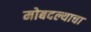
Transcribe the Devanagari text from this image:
मोबदल्याचा